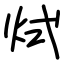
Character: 烒